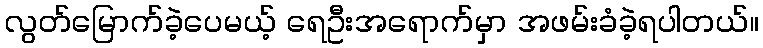
လွတ်မြောက်ခဲ့ပေမယ့် ရေဦးအရောက်မှာ အဖမ်းခံခဲ့ရပါတယ်။